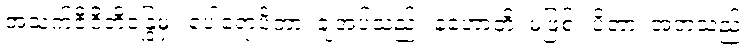
အသက်ဇီဝိတိန္ဒြေမှ။ ပေါရောပိတာ၊ ချအပ်သည်။ နဟောတိ၊ မဖြစ်။ ပိတာ၊ အဘသည်။